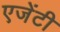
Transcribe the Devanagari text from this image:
एजेंटी